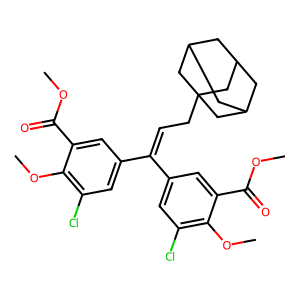
SMILES: COC(=O)c1cc(C(=CCC23CC4CC(CC(C4)C2)C3)c2cc(Cl)c(OC)c(C(=O)OC)c2)cc(Cl)c1OC
Inhibits HIV replication: No